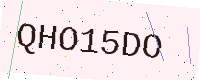
Text: QHO15DO